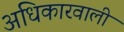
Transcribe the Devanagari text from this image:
अधिकारवाली